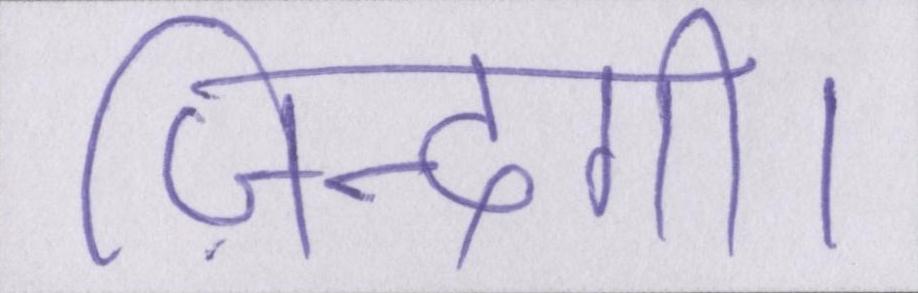
ज़िन्दगी।